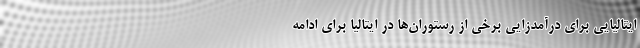
ایتالیایی برای درآمدزایی برخی از رستوران‌ها در ایتالیا برای ادامه